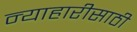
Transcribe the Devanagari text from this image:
न्याहारीसाठी